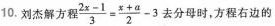
10.刘杰解方程$$\frac { 2 x - 1 } { 3 } = \frac { x + a } { 2 } - 3$$去分母时，方程右边的